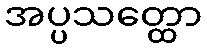
အပ္ပသတ္ထော